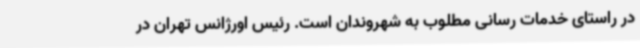
در راستای خدمات رسانی مطلوب به شهروندان است. رئیس اورژانس تهران در